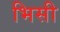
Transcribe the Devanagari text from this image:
भिसी